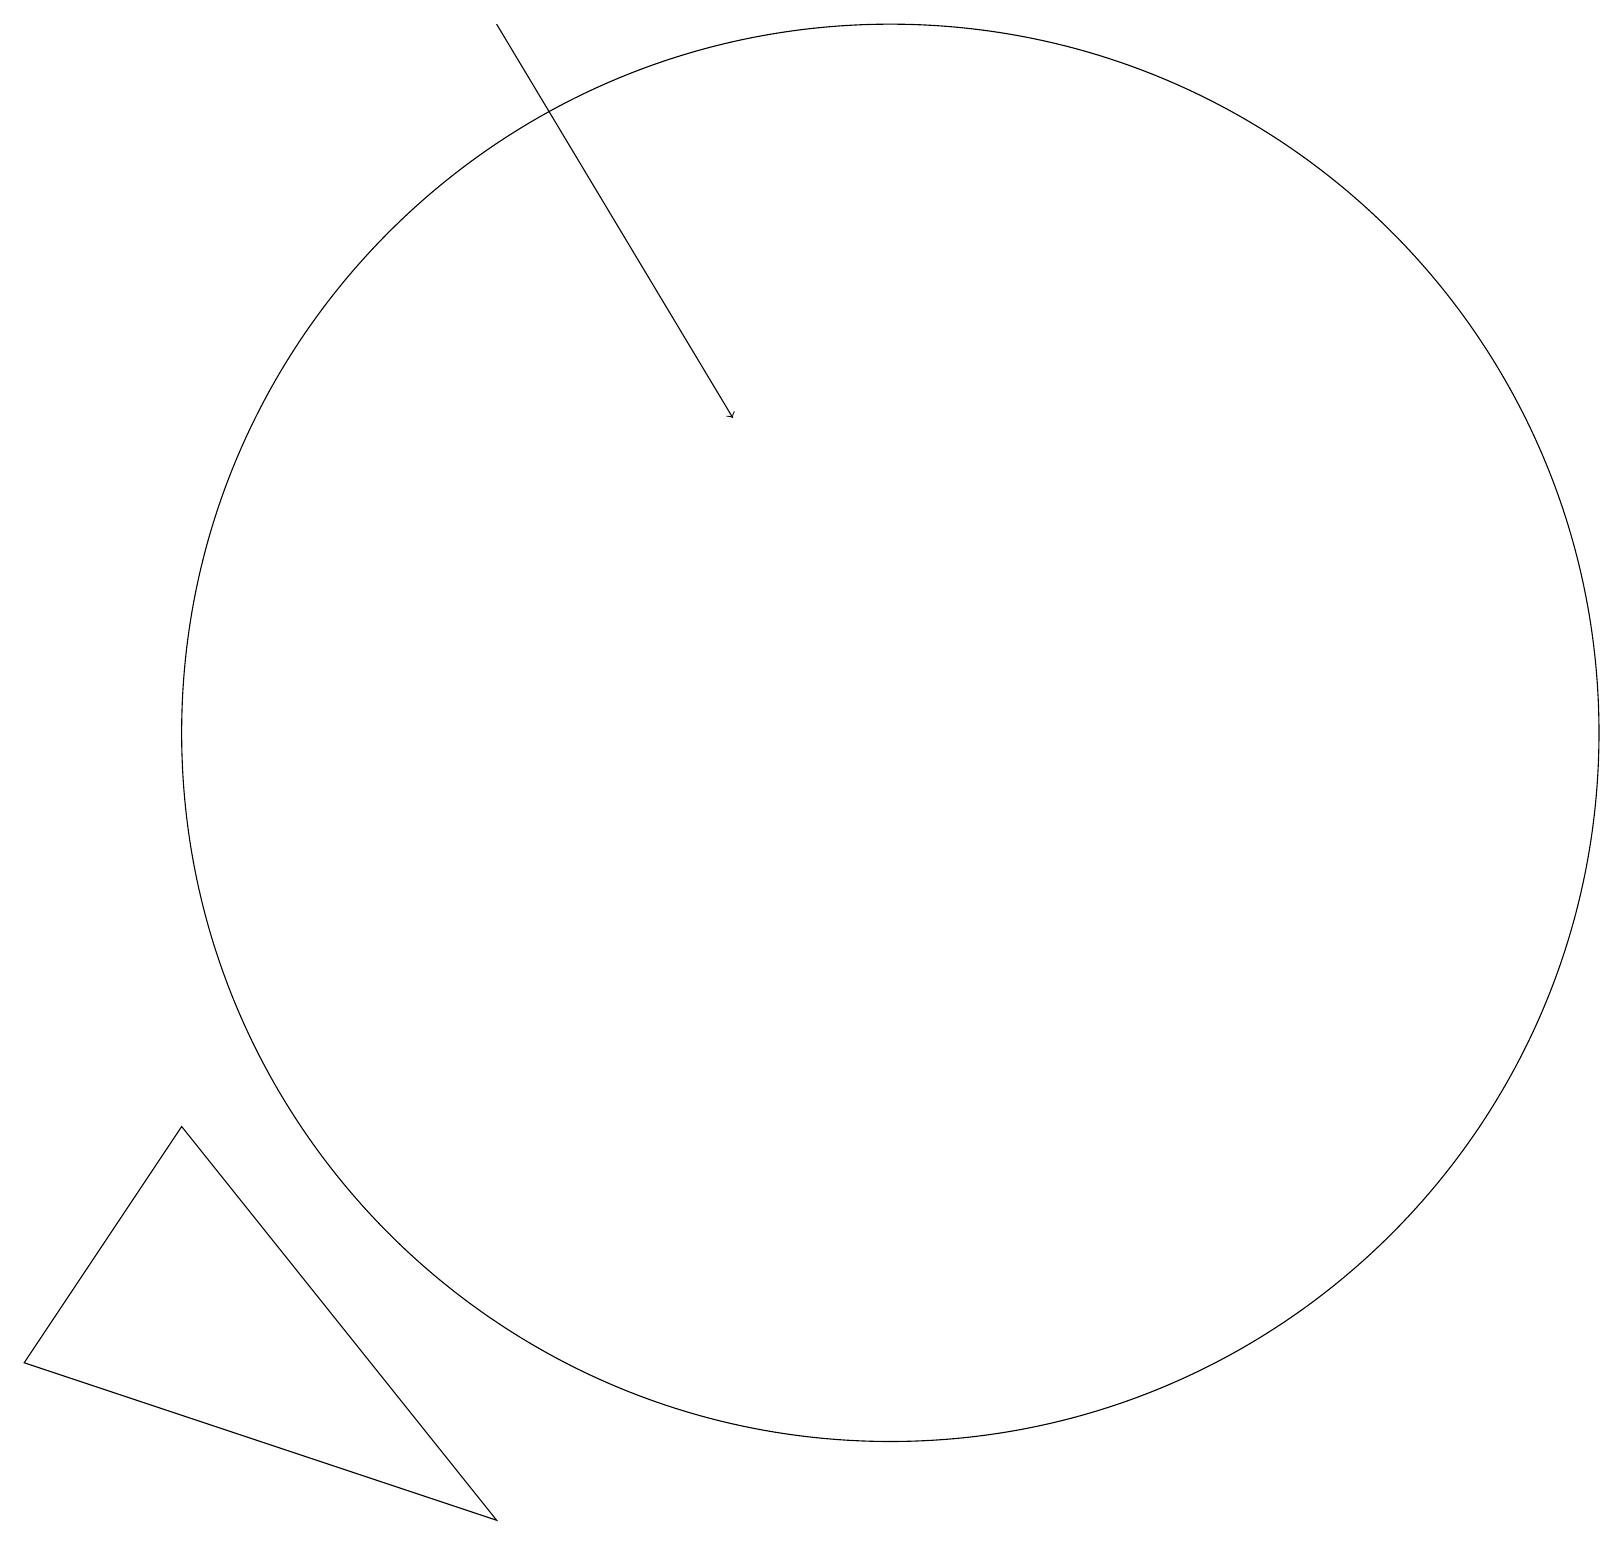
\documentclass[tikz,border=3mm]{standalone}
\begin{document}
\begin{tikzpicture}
\draw (11,10) circle (9);
\draw[->] (6,19) -- (9,14);
\draw (2,5) -- (6,0) -- (0,2) -- cycle;
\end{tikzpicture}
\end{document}